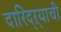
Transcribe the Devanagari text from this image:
दारिद्ऱ्याची